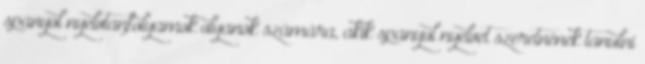
spanyol nyelvtanfolyamok olyanok számára, akik spanyol nyelvet szeretnének tanulni